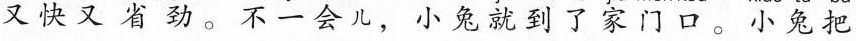
又快又省劲。 不一会儿，小兔就到了家门口。小兔把